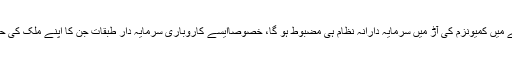
دوسری جانب کچھ معاشی ماہرین کا کہنا ہے کہ ان منصوبہ جات کے نتیجے میں کمیونزم کی آڑ میں سرمایہ دارانہ نظام ہی مضبوط ہو گا، خصوصاًایسے کاروباری سرمایہ دار طبقات جن کا اپنے ملک کی حکومت بنانے میں اہم سیاسی کردار ہے،کو لا محالہ ذاتی فوائد حاصل ہونگے۔